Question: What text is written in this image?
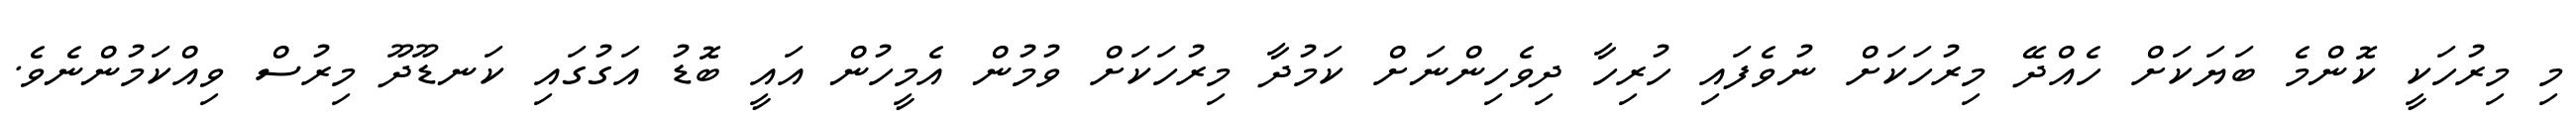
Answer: މި މިރުހަކީ ކޮންމެ ބަޔަކަށް ހެއްދޭ މިރުހަކަށް ނުވެފައި ހުރިހާ ދިވެހިންނަށް ކަމުދާ މިރުހަކަށް ވުމުން އެމީހުން އައީ ބޮޑު އަގުގައި ކަނޑޫދޫ މިރުސް ވިއްކަމުންނެވެ.